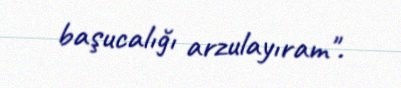
başucalığı arzulayıram".